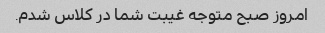
امروز صبح متوجه غیبت شما در کلاس شدم.